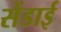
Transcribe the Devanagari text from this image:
सेंडाई